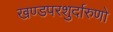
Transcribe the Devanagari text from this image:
खण्डपरशुर्दारुणो